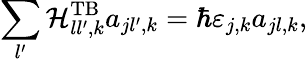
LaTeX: \sum_{l^{\prime}}\mathcal{H}_{ll^{\prime},k}^{\mathrm{TB}}a_{jl^{\prime},k}=\hbar\varepsilon_{j,k}a_{jl,k},